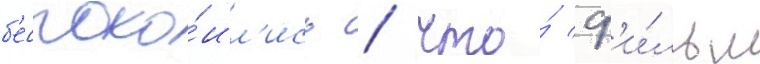
б'еспоко́ил'ись / что́ ф'и́льм